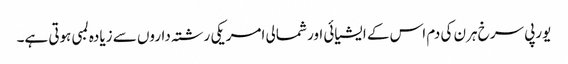
یورپی سرخ ہرن کی دم اس کے ایشیائی اور شمالی امریکی رشتہ داروں سے زیادہ لمبی ہوتی ہے۔